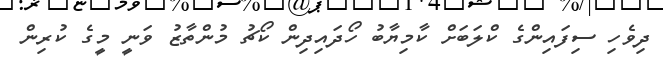
ދިވެހި ސިފައިންގެ ކްލަބަށް ކާމިޔާބު ހޯދައިދިން ކޯޗު މުންތާޒު ވަނީ މީގެ ކުރިން